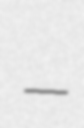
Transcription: –